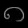
Digit: ၈